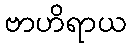
ဗာဟိရာယ